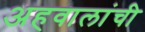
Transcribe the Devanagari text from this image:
अहवालांची